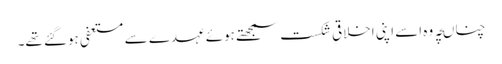
چناںچہ وہ اسے اپنی اخلاقی شکست سمجھتے ہوئے عہدے سے مستعفی ہوگئے تھے۔